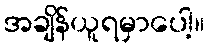
အချိန်ယူရမှာပေါ့။